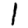
Digit: 1